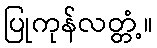
ပြုကုန်လတ္တံ့။